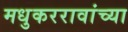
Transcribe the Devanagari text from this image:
मधुकररावांच्या